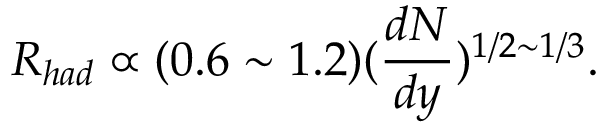
R _ { h a d } \propto ( 0 . 6 \sim 1 . 2 ) ( \frac { d N } { d y } ) ^ { 1 / 2 \sim 1 / 3 } .